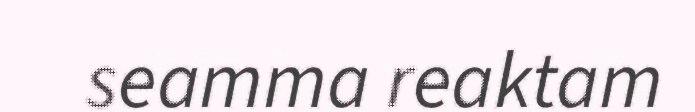
seamma reaktam